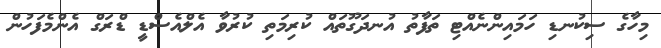
މިހާގެ ސިކުނޑި ހަމައިންނެއްޓި ތަފާތު އުނދަގޫތައް ކުރިމަތި ކުރުވާ އެލްއެސްޑީ ޑްރަގް އެންމެފަހުން